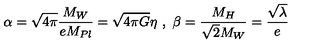
\alpha = \sqrt { 4 \pi } \frac { M _ { W } } { e M _ { P l } } = \sqrt { 4 \pi G } \eta \ , \ \beta = \frac { M _ { H } } { \sqrt { 2 } M _ { W } } = \frac { \sqrt { \lambda } } { e }